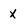
Character: x